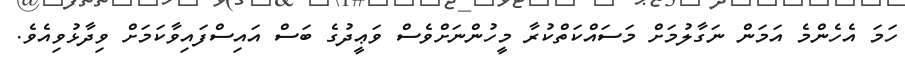
ހަމަ އެހެންމެ އަމަން ނަގާލުމަށް މަސައްކަތްކުރާ މީހުންނަށްވެސް ވަޢީދުގެ ބަސް އައިސްފައިވާކަމަށް ވިދާޅުވިއެވެ.